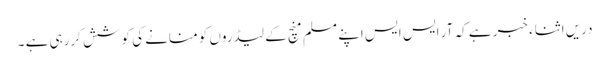
دریں اثناء خبر ہے کہ آر ایس ایس اپنے مسلم منچ کے لیڈروں کو منانے کی کوشش کررہی ہے ۔